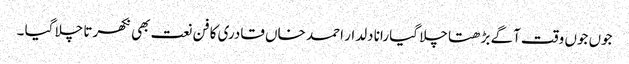
جوں جوں وقت آگے بڑھتا چلا گیا رانا دلدار احمد خاں قادری کا فن نعت بھی نکھرتا چلا گیا ۔